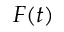
F ( t )